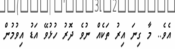
އެވެ.. މާ ގިނަ އިރު ތަކެއް ނުވެ ދޮރު ހުޅުވޭ އަޑު އިވުމުން